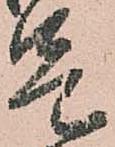
兄